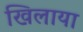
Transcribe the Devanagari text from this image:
खिलाया